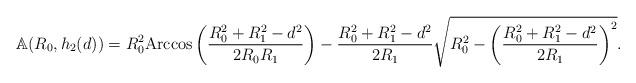
LaTeX: \begin{align*} \mathbb{A}(R_0, h_2(d))=R_0^2 \mbox{Arccos}\left(\frac{R_0^2 + R_1^2 -d^2 }{2 R_0 R_1} \right)- \frac{R_0^2 + R_1^2 - d^2}{2 R_1} \sqrt{R_0^2 -\left(\frac{R_0^2 + R_1^2 - d^2}{2 R_1}\right)^2}.\end{align*}